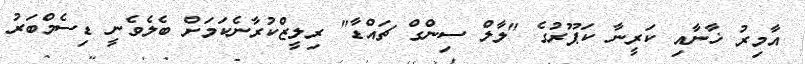
އާމިރު ޚާނާއި ކަރީނާ ކަޕޫރުގެ "ލާލް ސިންގް ޗައްޑާ" ރިލީޒްކުރާނެކަމަށް ބެލެވެނީ ޑިސެމްބަރު